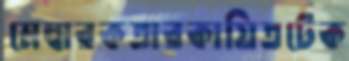
মেম্বারকতারকায়িতটেক